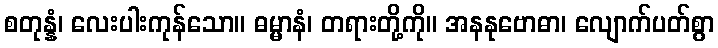
စတုန္နံ၊ လေးပါးကုန်သော။ ဓမ္မာနံ၊ တရားတို့ကို။ အနနုဗောဓာ၊ လျောက်ပတ်စွာ